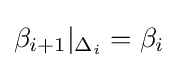
\beta _{i+1}|_{\Delta _{i}}=\beta _{i}